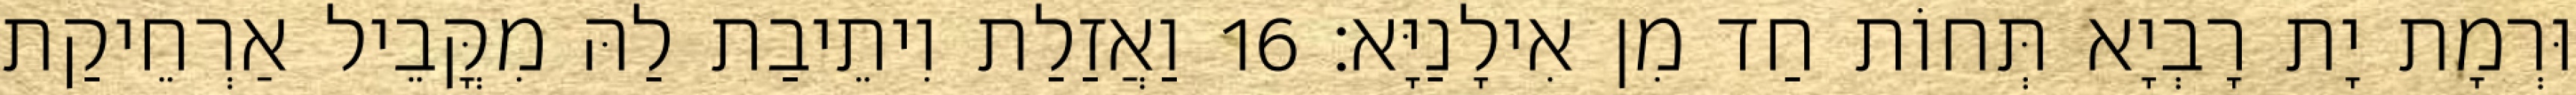
וּרְמָת יָת רָבְיָא תְּחוֹת חַד מִן אִילָנַיָּא׃ 16 וַאֲזַלַת וִיתֵיבַת לַהּ מִקֳּבֵיל אַרְחֵיקַת